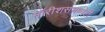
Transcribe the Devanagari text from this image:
मॉरीशसमध्येही